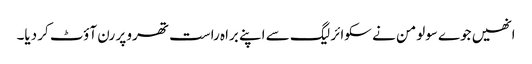
انھیں جوے سولومن نے سکوائر لیگ سے اپنے براہ راست تھرو پر رن آؤٹ کر دیا۔